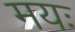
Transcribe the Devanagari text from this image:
मयः